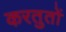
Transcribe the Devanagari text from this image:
करतुतों